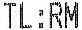
TL:RM